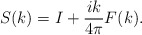
\begin{align*}S(k)=I+\frac{ik}{4\pi} F(k).\end{align*}